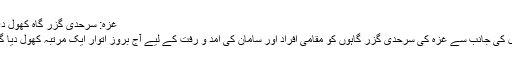
غزہ: سرحدی گزر گاہ کھول دی گئی
اسرائیل کی جانب سے غزہ کی سرحدی گزر گاہوں کو مقامی افراد اور سامان کی آمد و رفت کے لیے آج بروز اتوار ایک مرتبہ کھول ديا گيا ہے۔